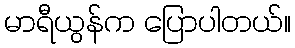
မာရီယွန်က ပြောပါတယ်။